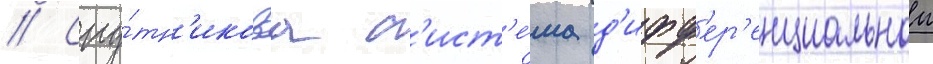
// Спу́тн'иковаа с'ист'е́ма д'ифф'ер'енциальнои